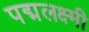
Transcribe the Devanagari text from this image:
पद्मलक्ष्मी